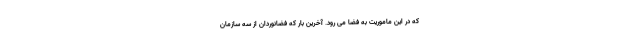
که در این ماموریت به فضا می رود. آخرین بار که فضانوردان از سه سازمان